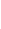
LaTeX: i\! \! \! \! \! \! \! \! \! \! \! \! \in\! \! \! \! \! \! \! \! \! \! \! \! \{ \! \! \! \! \! \! \! \! \! \! \! \! 1\! \! \! \! \! \! \! \! \! \! \! \! ,\! \! \! \! \! \! \! \! \! \! \! \! \! \! \! \! \! \! \! \! \! \! \! \! \ldots\! \! \! \! \! \! \! \! \! \! \! \! ,\! \! \! \! \! \! \! \! \! \! \! \! n\! \! \! \! \! \! \! \! \! \! \! \! \} \! \! \! \! \! \! \! \! \! \! \! \! ,\! \! \! \! \! \! \! \! \! \! \!